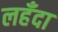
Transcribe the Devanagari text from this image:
लहँदा